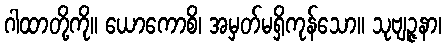
ဂါထာတို့ကို။ ယောကောစိ၊ အမှတ်မရှိကုန်သော။ သုဗျဉ္ဇနာ၊